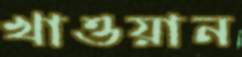
খাওয়ান